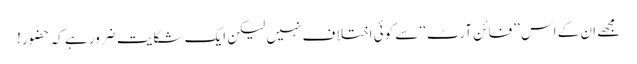
مجھے ان کے اس ’’فائن آرٹ‘‘ سے کوئی اختلا ف نہیں لیکن ایک شکایت ضرور ہے کہ حضور!